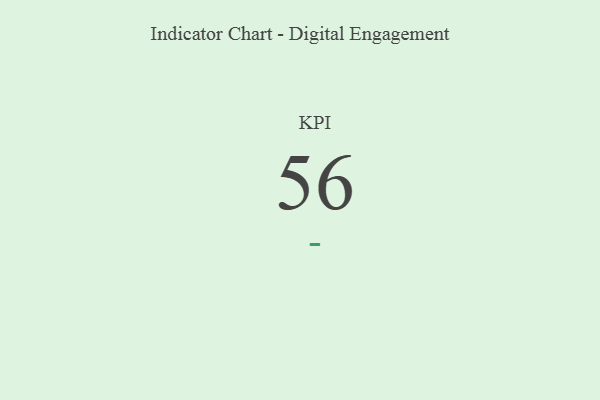
{"axis": {"x": "KPI", "y": "Value"}, "legend": [""], "data": [{"x": "KPI", "y": 56, "type": ""}]}